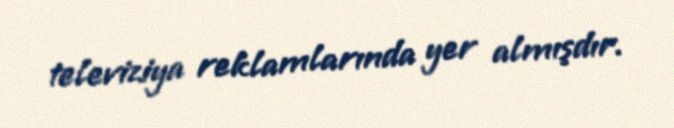
televiziya reklamlarında yer almışdır.